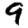
Digit: 9